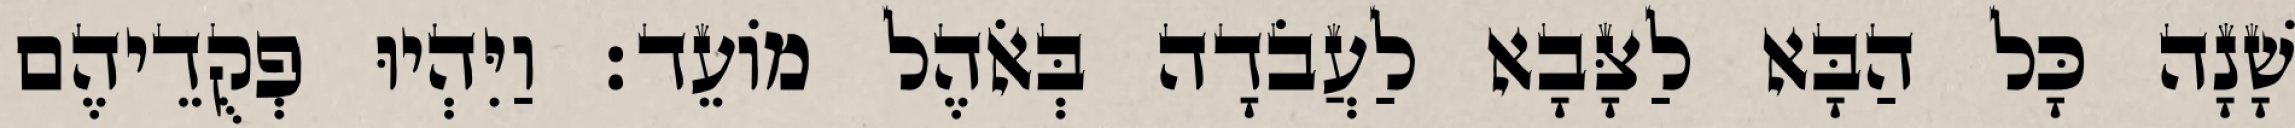
שָׁנָה כָּל הַבָּא לַצָּבָא לַעֲבֹדָה בְּאֹהֶל מוֹעֵד׃ וַיִּהְיוּ פְקֻדֵיהֶם